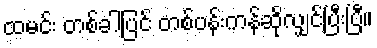
ထမင်း တစ်ခါပြင် တစ်ပန်းကန်ဆိုလျှင်ပြီးပြီ။